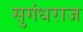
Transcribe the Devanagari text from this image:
सुगंधराज